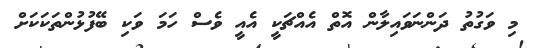
މި ވަގުތު ދަންނަވައިލާން އޮތް އެއްޗަކީ އެއީ ވެސް ހަމަ ވަކި ބޭފުޅުންތަކަކަށް